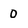
Character: o